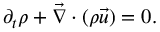
\partial _ { t } \rho + \vec { \nabla } \cdot ( \rho \vec { u } ) = 0 .